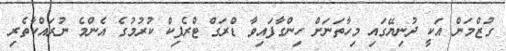
ގުޒްމަން އަކީ ދުނިޔޭގައި މިހާތަނަށް ހިންގާފައިވާ ޑްރަގް ޓްރެފިކް ކުރުމުގެ އެންމެ ނުރައްކާތެރި